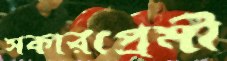
সকারপ্রেমী